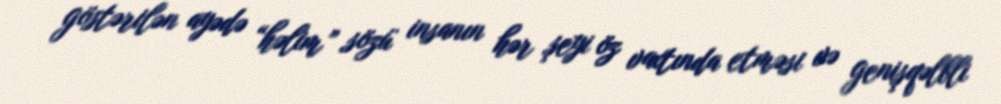
göstərilən ayədə “həlim” sözü insanın hər şeyi öz vaxtında etməsi və genişqəlbli